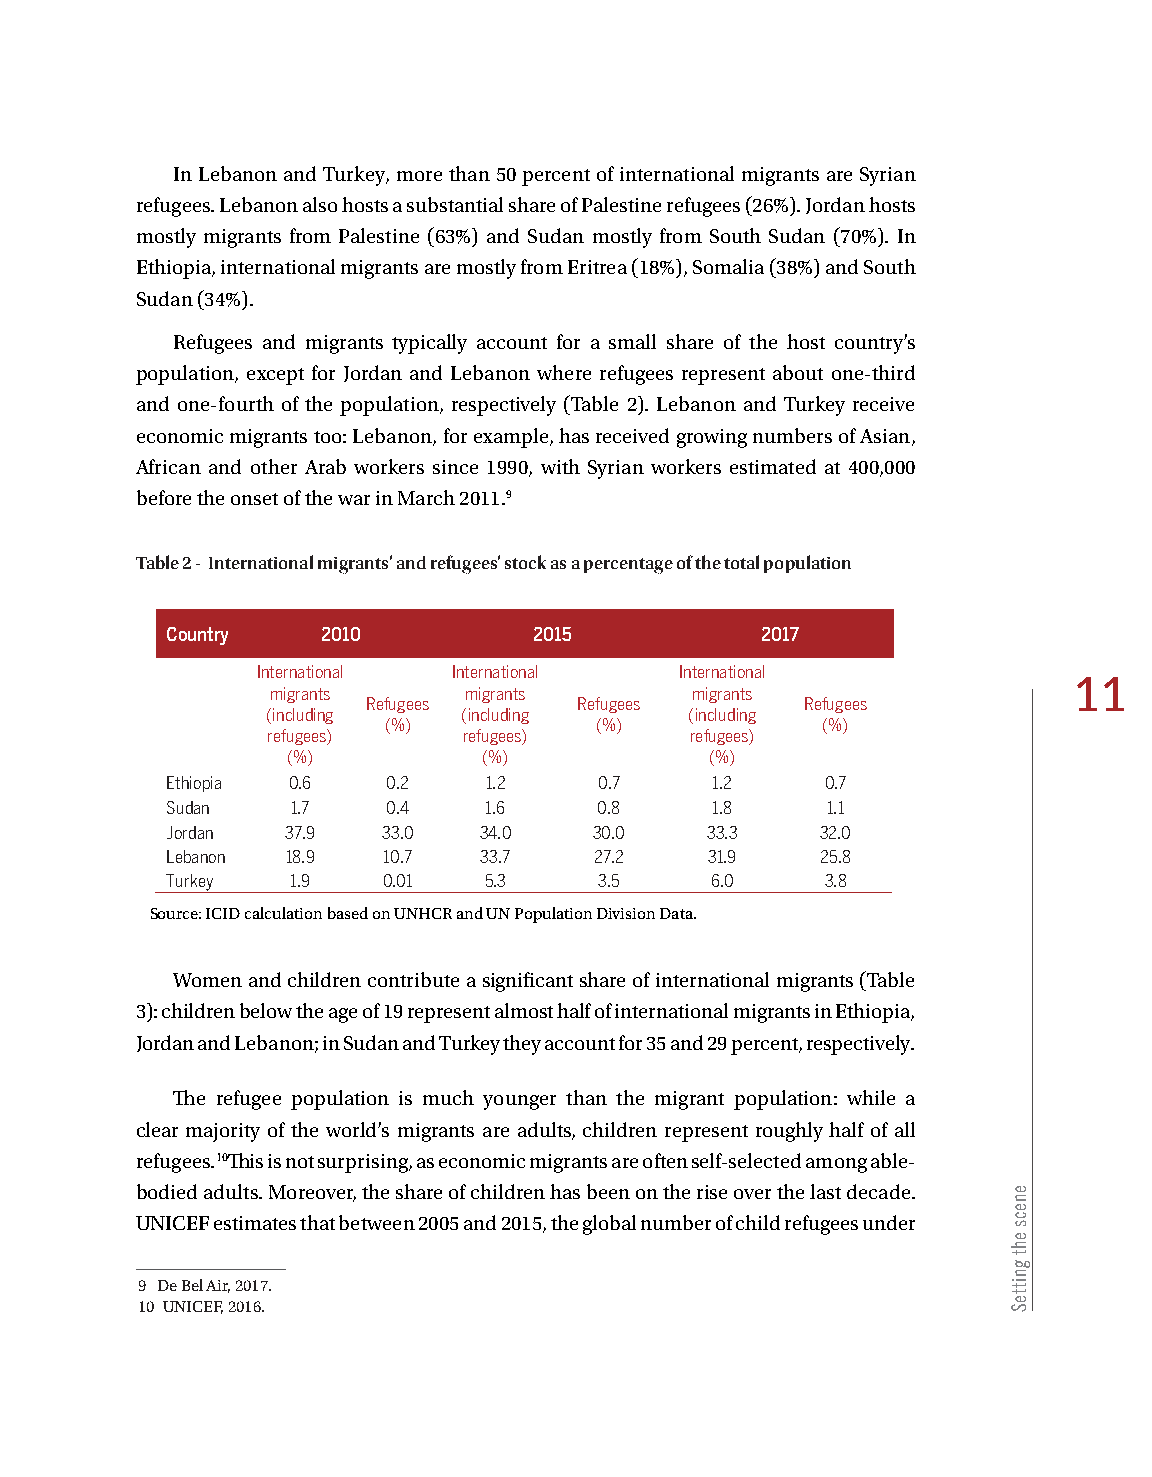
In Lebanon and Turkey, more than 50 percent of international migrants are Syrian
 refugees. Lebanon also hosts a substantial share of Palestine refugees (26%). Jordan hosts
 mostly migrants from Palestine (63%) and Sudan mostly from South Sudan (70%). In
 Ethiopia, international migrants are mostly from Eritrea (18%), Somalia (38%) and South
 Sudan (34%).
 Refugees and migrants typically account for a small share of the host country’s
 population, except for Jordan and Lebanon where refugees represent about one-third
 and one-fourth of the population, respectively (Table 2). Lebanon and Turkey receive
 economic migrants too: Lebanon, for example, has received growing numbers of Asian,
 African and other Arab workers since 1990, with Syrian workers estimated at 400,000
 before the onset of the war in March 2011.9
 Table 2 - International migrants’ and refugees’ stock as a percentage of the total population
 Country   2010          2015           2017
 International International International
 11
 migrants     migrants       migrants
 Refugees      Refugees       Refugees
 (including   (including     (including
 (%)           (%)            (%)
 refugees)    refugees)      refugees)
 (%)          (%)            (%)
 Ethiopia 0.6   0.2   1.2     0.7    1.2     0.7
 Sudan   1.7    0.4   1.6     0.8    1.8     1.1
 Jordan  37.9  33.0   34.0   30.0    33.3   32.0
 Lebanon 18.9  10.7   33.7   27.2    31.9   25.8
 Turkey  1.9   0.01   5.3     3.5    6.0     3.8
 Source: ICID calculation based on UNHCR and UN Population Division Data.
 Women and children contribute a significant share of international migrants (Table
 3): children below the age of 19 represent almost half of international migrants in Ethiopia,
 Jordan and Lebanon; in Sudan and Turkey they account for 35 and 29 percent, respectively.
 The refugee population is much younger than the migrant population: while a
 clear majority of the world’s migrants are adults, children represent roughly half of all
 refugees.10This is not surprising, as economic migrants are often self-selected among able-
 bodied adults. Moreover, the share of children has been on the rise over the last decade.
 UNICEF estimates that between 2005 and 2015, the global number of child refugees under
 Female refugees
 Country 0–4 5–14 15–19 0–19 20–59 60+
 (% total stock)
 9 De Bel Air, 2017.
 Ethiopia 12  25.8 9    46.8 48.3 4.9      47.4
 10 UNICEF, 2016.
 Jordan  16   24.2 8.4  48.6 43.4 8.1      50.4
 Lebanon 13.9 22   8.1  44  49.6  6.4      48.8
 Sudan   9.2  16.6 9.1  34.9 54.1 11.2     48.8
 Turkey  9.8  12.7 6.2  28.7 60.6 10.6     50.4
 enecs
 eht
 gnitteS